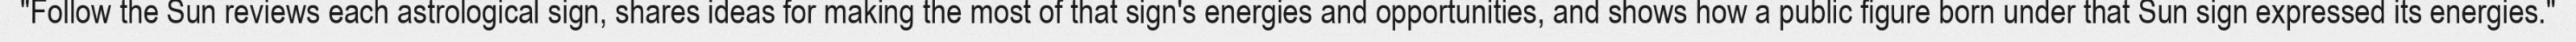
"Follow the Sun reviews each astrological sign, shares ideas for making the most of that sign's energies and opportunities, and shows how a public figure born under that Sun sign expressed its energies."